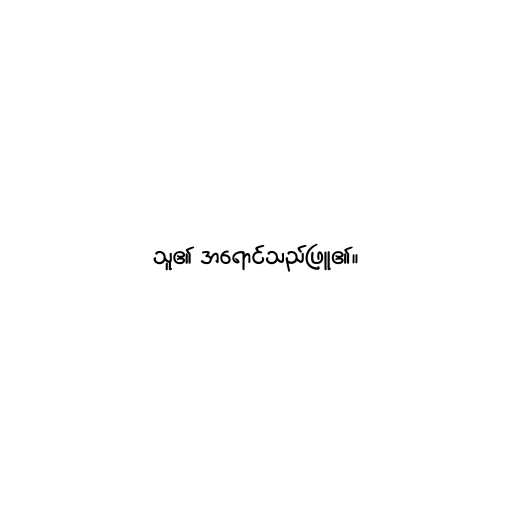
သူ၏ အရောင်သည်ဖြူ၏။